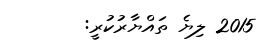
2015 ލިޔެ ތައްޔާރުކުރީ: